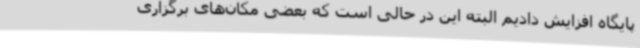
پایگاه افزایش دادیم البته این در حالی است که بعضی مکان‌های برگزاری